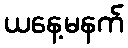
ယနေ့မနက်